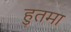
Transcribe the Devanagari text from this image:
हुतमा